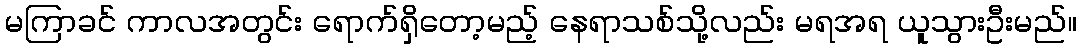
မကြာခင် ကာလအတွင်း ရောက်ရှိတော့မည့် နေရာသစ်သို့လည်း မရအရ ယူသွားဦးမည်။